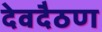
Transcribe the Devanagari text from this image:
देवदैठण